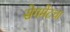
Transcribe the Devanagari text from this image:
सेगमेंटचा